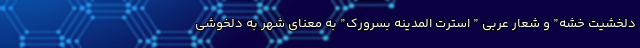
دلخشیت خشه” و شعار عربی ” استرت المدینه بسرورک” به معنای شهر به دلخوشی